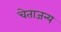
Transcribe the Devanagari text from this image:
चेताजन्य